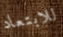
للابتعاد